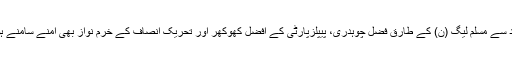
اسلام آباد سے مسلم لیگ (ن) کے طارق فضل چوہدری، پیپلزپارٹی کے افضل کھوکھر اور تحریک انصاف کے خرم نواز بھی آمنے سامنے ہوں گے۔